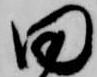
田